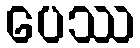
ပေဿ